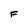
Character: F